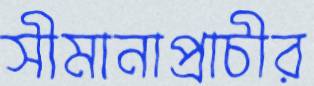
সীমানাপ্রাচীর